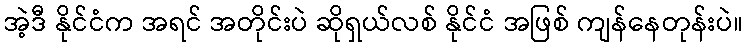
အဲ့ဒီ နိုင်ငံက အရင် အတိုင်းပဲ ဆိုရှယ်လစ် နိုင်ငံ အဖြစ် ကျန်နေတုန်းပဲ။